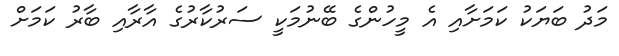
މަދު ބަޔަކު ކަމަށާއި އެ މީހުންގެ ބޭނުމަކީ ސަރުކާރުގެ އާރާއި ބާރު ކަމަށް